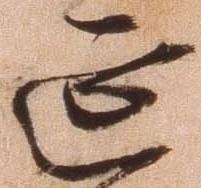
延